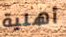
أهلية